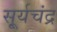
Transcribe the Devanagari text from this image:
सू्र्यचंद्र